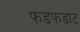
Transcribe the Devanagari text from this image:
फडफडाट